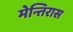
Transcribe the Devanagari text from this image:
मेन्तिरास